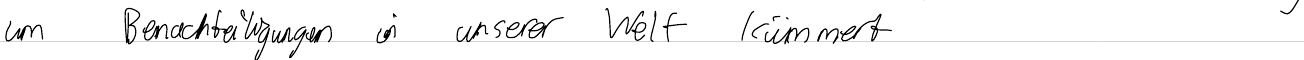
um Benachteiligungen in unserer Welt kümmert